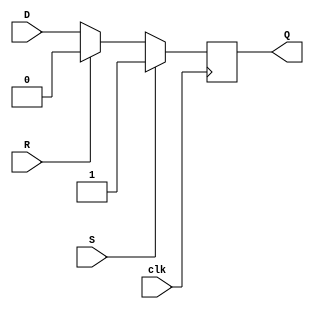
module d_ff (
    input D,
    input S,
    input R,
    input clk,
    output reg Q
);

always @(posedge clk) begin
    if (S) begin
        Q <= 1;
    end else if (R) begin
        Q <= 0;
    end else begin
        Q <= D;
    end
end

endmodule